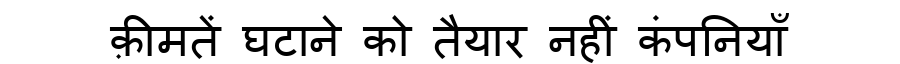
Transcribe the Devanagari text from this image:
क़ीमतें घटाने को तैयार नहीं कंपनियाँ